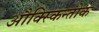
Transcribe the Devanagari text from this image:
औक्स्किन्तोक